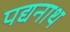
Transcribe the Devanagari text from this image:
पद्यनाथ